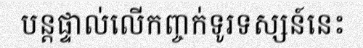
បន្តផ្ទាល់លើកញ្ចក់ទូរទស្សន៍នេះ